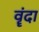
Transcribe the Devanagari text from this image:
वॄंदा